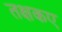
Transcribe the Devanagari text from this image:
तक्षकए